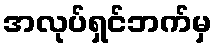
အလုပ်ရှင်ဘက်မှ